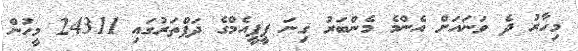
މިހާރު ދެ ވަނައަށް އެންމެ މެންބަރު ގިނަ ޕީޕީއެމްގެ ދަފްތަރުގައި 24311 މީހުން